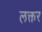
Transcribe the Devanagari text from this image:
लक्तर